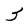
Character: 3